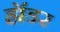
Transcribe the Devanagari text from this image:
हॉडर